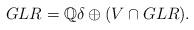
LaTeX: \begin{align*}GLR=\mathbb{Q}\delta\oplus (V\cap GLR).\end{align*}